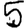
Digit: 5